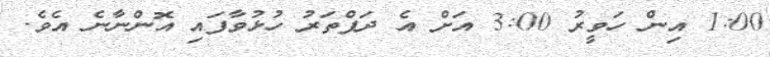
1:00 އިން ހަވީރު 3:00 އަށް އެ ދަފްތަރު ހުޅުވާފައި އޮންނާނެ އެވެ.